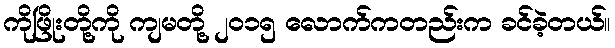
ကိုဖြိုးတို့ကို ကျမတို့ ၂၀၁၅ လောက်ကတည်းက ခင်ခဲ့တယ်။